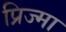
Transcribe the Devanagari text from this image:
प्रिज्मा